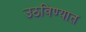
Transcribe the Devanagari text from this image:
उठविण्यात